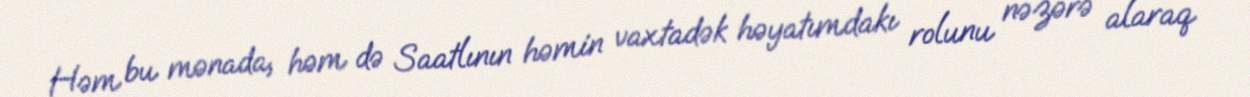
Həm bu mənada, həm də Saatlının həmin vaxtadək həyatımdakı rolunu nəzərə alaraq